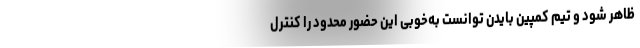
ظاهر شود و تیم کمپین بایدن توانست به‌خوبی این حضور محدود را کنترل